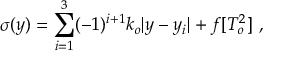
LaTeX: \sigma ( y ) = \sum _ { i = 1 } ^ { 3 } ( - 1 ) ^ { i + 1 } k _ { o } | y - y _ { i } | + f [ T _ { o } ^ { 2 } ] ~ , ~ \,